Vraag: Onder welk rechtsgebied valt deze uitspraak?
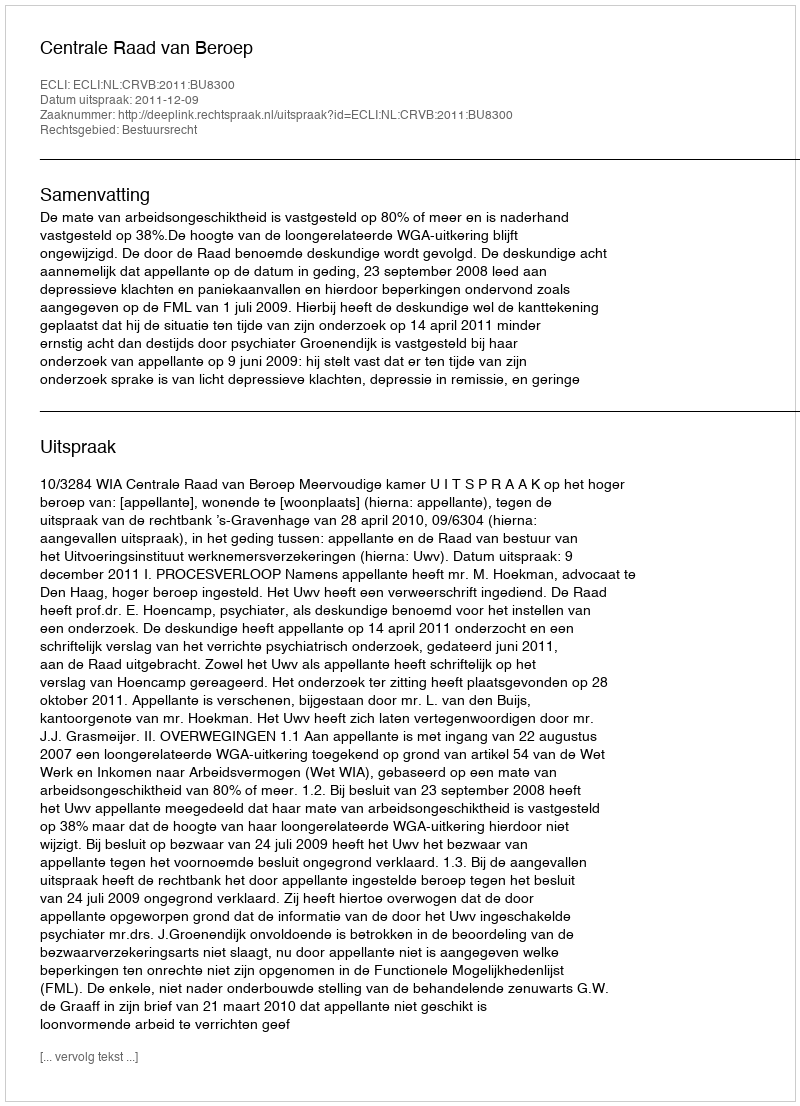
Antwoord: Bestuursrecht